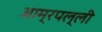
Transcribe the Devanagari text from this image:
आम्रपल्ली